Scientific memoirs by medical officers of the Army of India - Part V,
Year: 1890
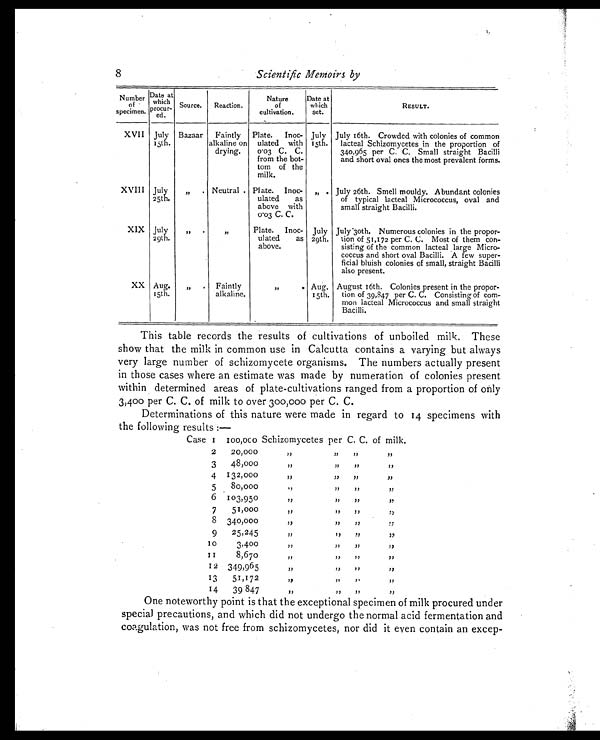
8
Scientific Memoirs by
Numbe o f
specimen.
Date at
which
procur- ed. Source. Reaction.
Nature
of
eultivation.
Date at
which
set.
RESULT.
XVII July
15th.
Bazaar Faintly
alkaline on
drying.
Plate. Inoc-
ulated with
0.03 C. C.
from the bot-
tom of the
milk.
July
15th.
July 16th. Crowded with colonies of common
lacteal Schizomycetes in the proportion of
340,965 per C. C. Small straight Bacill
and short oval ones the most prevalent forms
XVIII July
25th.
„ . Neutral . Plate. Inoc-
ulated as
above with
0.03 C. C.
„ . July 26th. Smell mouldy. Abundant colonies
of typical lacteal Micrococcus, oval and
small straight Bacilli.
XIX July
29th.
„ .
„
Plate. Inoc-
ulated as
above.
July
29th.
July 3oth. Numerous colonies in the propor-
tion of 51,172 per C. C. Most of them con-
sisting of the common lacteal large Micro-
coccus and short oval Bacilli. A few super-
ficial bluish colonies of small, straight Bacill
also present.
XX Aug.
15th.
„ . Faintly
alkaline.
„
. Aug.
15th.
August 16th. Colonies present in the propor-
tion of 39,847 per C. C. Consisting of com-
mon lacteal Micrococcus and small straigh
t B a c i l l i .
This table records the results of cultivations of unboiled milk. These
show that the milk in common use in Calcutta contains a varying but always
very large number of schizomycete organisms. The numbers actually present
in those cases where an estimate was made by numeration of colonies present
within determined areas of plate-cultivations ranged from a proportion of only
3,400 per C. C. of milk to over 300,000 per C. C.
Determinations of this nature were made in regard to 14 specimens with
the following results :—
Case 1
2
100,000
20,000
Schizomycetes
„
per
„
C. C.
„
of milk
„
3 48,000
„ „ „ „
4 132,000
„ „ „ „
5 80,000
„ „ „ „
6 103,950
„ „ „ „
7 51,000
„ „ „ „
8 340,000
„ „ „ „
9 25,245
„ „ „ „
10
3,400
„ „ „ „
1 1
8,670
„ „ „ „
12 349,965
„ „ „ „
13
14
51,172
39 847
„ „ „ „ „ „ „ „
One noteworthy point is that the exceptional specimen of milk procured under
special precautions, and which did not undergo the normal acid fermentation and
coagulation, was not free from schizomycetes, nor did it even contain an excep-